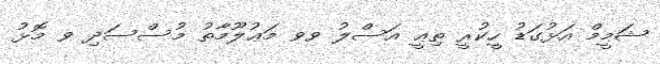
ޝަމީމް އަޅުގަޑު ހީކުރީ ތިޢީ އަސްލު ވވ މަޢުލޫމާތު މުސްސަދި ވ މޮޅު